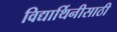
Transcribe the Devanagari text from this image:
विद्यार्थिनीसाठी